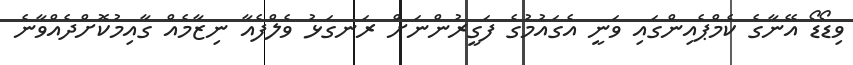
ވިޑޯޑޯ އޭނާގެ ކެމްޕެއިންގައި ވަނީ އެގައުމުގެ ފަގީރުންނަށް ރަނގަޅު ވެލްފެއާ ނިޒާމެއް ގާއިމުކޮށްދެއްވާނެ